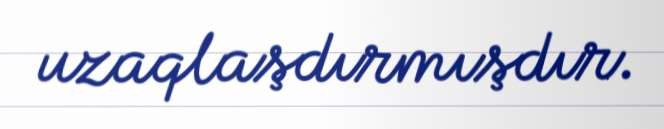
uzaqlaşdırmışdır.